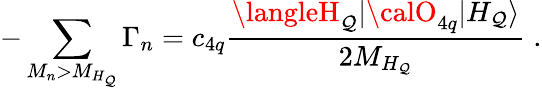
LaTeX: -\sum_{M_{n}>M_{H_{\mathcal{Q}}}}\Gamma_{n}=c_{4q}\frac{{\langleH_{\mathcal{Q}}|{\calO}_{4q}|H_{\mathcal{Q}}\rangle}}{{2M_{H_{\mathcal{Q}}}}}\; .